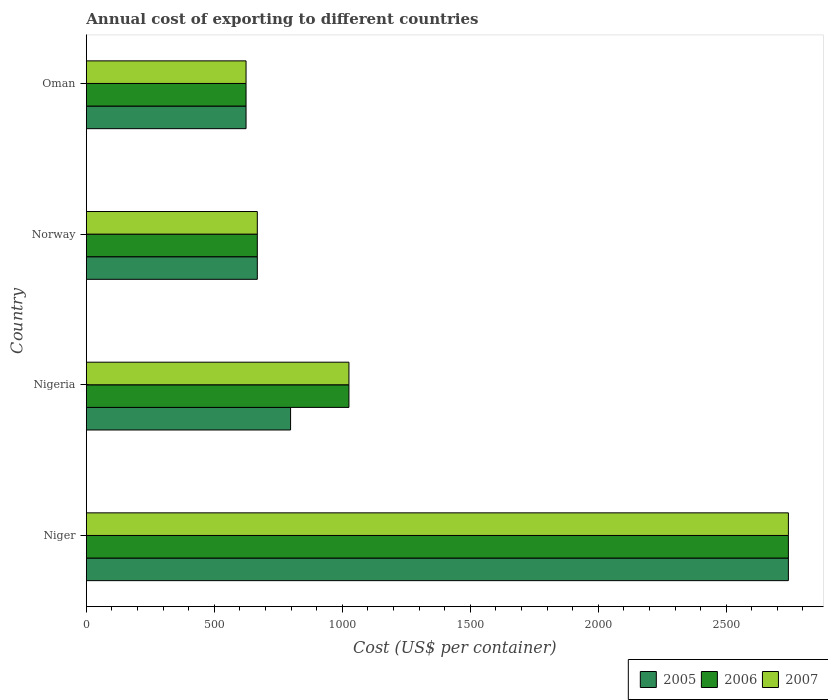
| Country | 2005 | 2006 | 2007 |
 | --- | --- | --- | --- |
 | Niger | 2.74e+03 | 2.74e+03 | 2.74e+03 |
 | Nigeria | 798 | 1.03e+03 | 1.03e+03 |
 | Norway | 668 | 668 | 668 |
 | Oman | 624 | 624 | 624 |